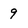
Character: 9